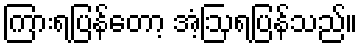
ကြားရပြန်တော့ အံ့ဩရပြန်သည်။